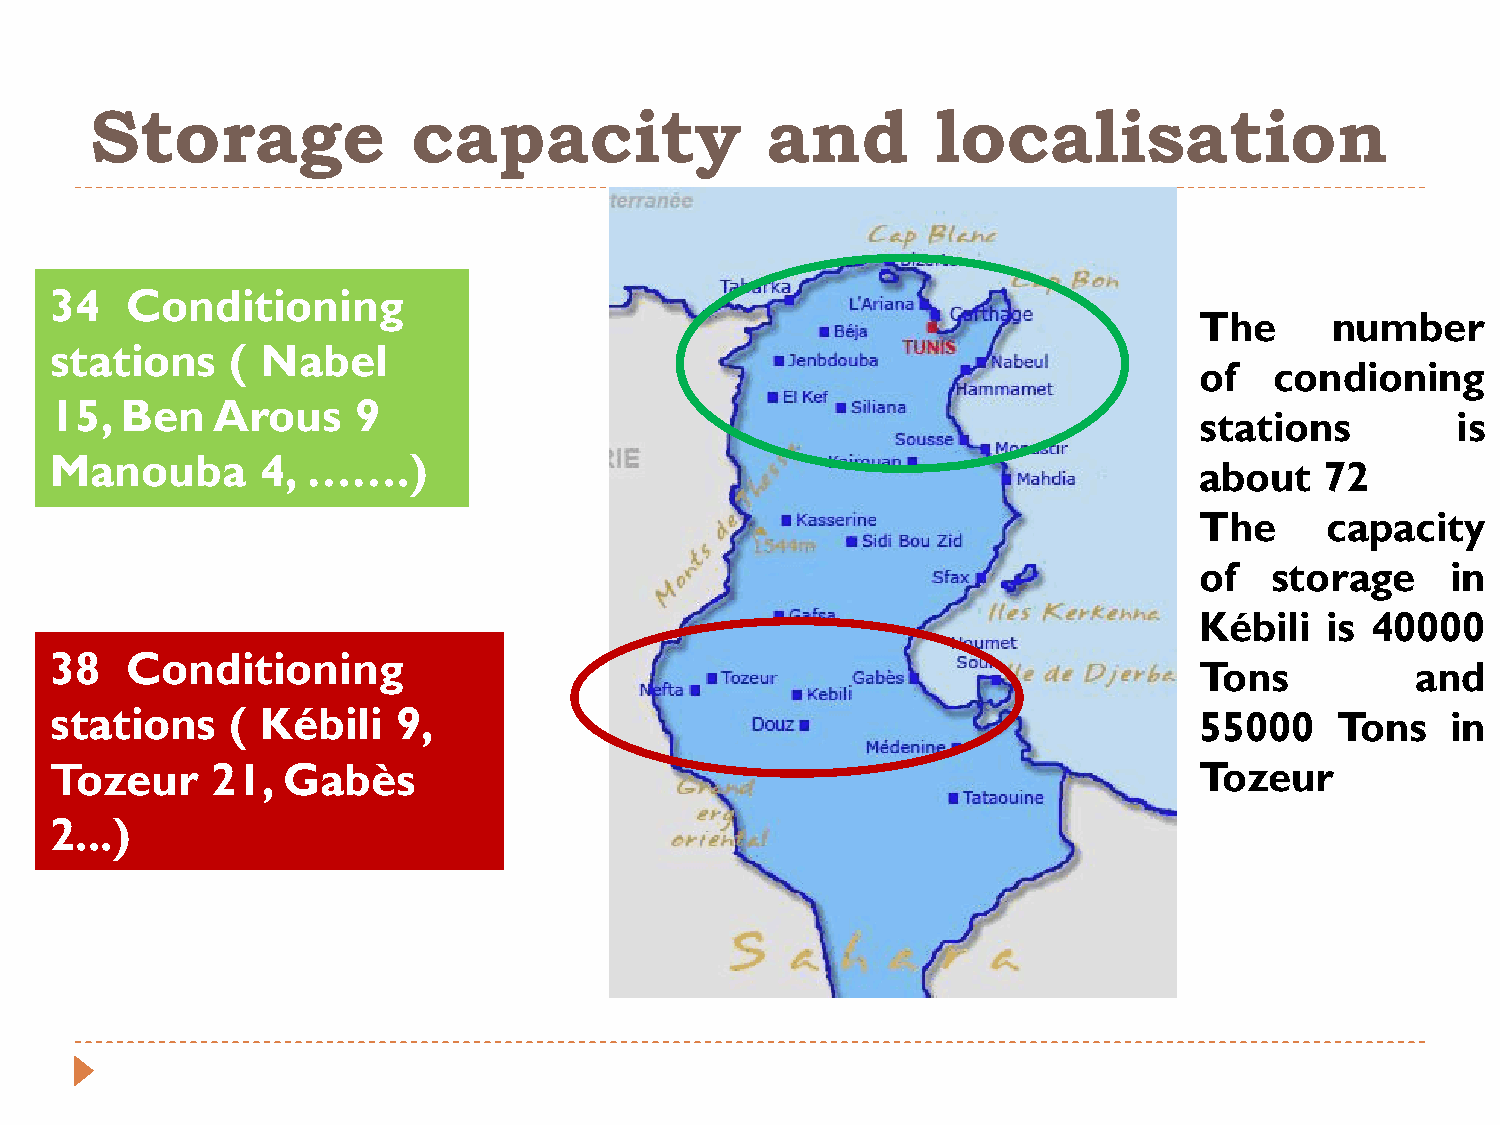
Storage              capacity                and        localisation
 34   Conditioning
 The      number
 stations    ( Nabel
 of   condioning
 15,  Ben   Arous     9
 stations         is
 Manouba       4, …….)
 about    72
 The      capacity
 of   storage     in
 Kébili   is 40000
 38   Conditioning
 Tons           and
 stations    ( Kébili   9,                                                   55000     Tons   in
 Tozeur     21,  Gabès                                                       Tozeur
 2...)